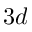
3 d